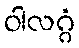
ဝါလဂ္ဂံ